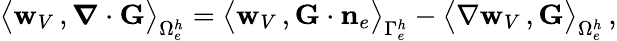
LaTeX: \begin{array}{r}{\big\langle{{\mathbf w}_{V}}\, ,\boldsymbol{\nabla}\cdot{\mathbf G}\big\rangle_{\Omega_{e}^{h}}=\big\langle{{\mathbf w}_{V}}\, ,{\mathbf G}\cdot{{\mathbf n}}_{e}\big\rangle_{\Gamma_{e}^{h}}-\big\langle\nabla{{\mathbf w}_{V}}\, ,{\mathbf G}\big\rangle_{\Omega_{e}^{h}}\, ,}\end{array}